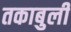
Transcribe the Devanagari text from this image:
तकाबुली